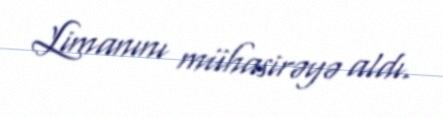
Limanını mühasirəyə aldı.